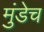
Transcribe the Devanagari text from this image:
मुंडेच